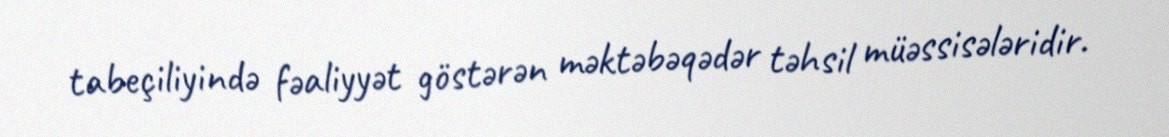
tabeçiliyində fəaliyyət göstərən məktəbəqədər təhsil müəssisələridir.